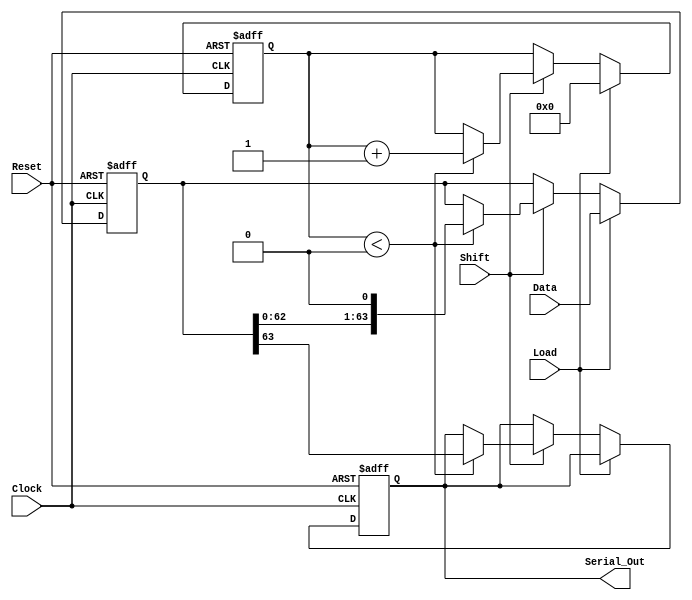
module PISO_64bit (
    input wire [63:0] Data,     // 64-bit parallel input
    input wire Load,            // Load control signal
    input wire Shift,           // Shift control signal
    input wire Clock,           // Clock signal
    input wire Reset,           // Asynchronous reset
    output reg Serial_Out       // Serial output
);

    reg [63:0] shift_reg;       // 64-bit shift register
    reg [5:0] shift_counter;     // 6-bit shift counter

    always @(posedge Clock or posedge Reset) begin
        if (Reset) begin
            // Asynchronous reset
            shift_reg <= 64'b0;
            shift_counter <= 6'b0;
            Serial_Out <= 1'b0;
        end else begin
            if (Load) begin
                // Load data into the shift register
                shift_reg <= Data;
                shift_counter <= 6'b0; // Reset counter when loading
            end else if (Shift) begin
                // Shift operation
                if (shift_counter < 6'd64) begin
                    Serial_Out <= shift_reg[63]; // Output MSB
                    shift_reg <= {shift_reg[62:0], 1'b0}; // Shift left
                    shift_counter <= shift_counter + 1'b1; // Increment counter
                end
            end
        end
    end

endmodule